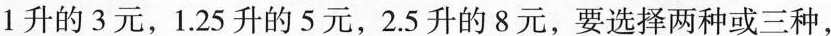
1升的3元，1.25升的5元，2.5升的8元，要选择两种或三种，